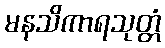
မနသိကာရသုတ္တံ